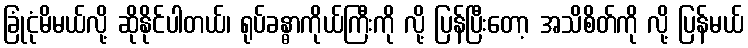
ခြုံငုံမိမယ်လို့ ဆိုနိုင်ပါတယ်၊ ရုပ်ခန္ဓာကိုယ်ကြီးကို လို့ ပြန်ပြီးတော့ အသိစိတ်ကို လို့ ပြန်မယ်